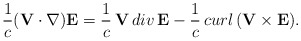
\begin{align*}\frac{1}{c}({\bf V}\cdot\nabla){\bf E}=\frac{1}{c}\,{\bf V}\,div\,{\bf E}-\frac{1}{c}\,curl\,({\bf V}\times{\bf E}).\end{align*}